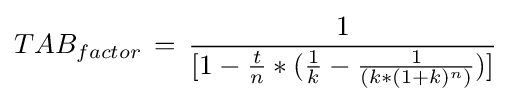
TAB_{factor}\,=\,{1 \over [1-{t \over n}*({1 \over k}-{1 \over (k*(1+k)^{n})})]}